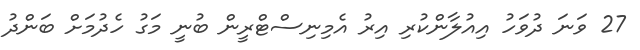
27 ވަނަ ދުވަހު އިއުލާންކުރި އިރު އެމިނިސްޓްރީން ބުނީ މަގު ހެދުމަށް ބަންދު